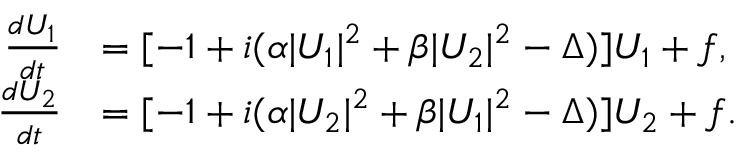
\begin{array} { r l } { \frac { d U _ { 1 } } { d t } } & { = [ - 1 + i ( \alpha \vert U _ { 1 } \vert ^ { 2 } + \beta \vert U _ { 2 } \vert ^ { 2 } - \Delta ) ] U _ { 1 } + f , } \\ { \frac { d U _ { 2 } } { d t } } & { = [ - 1 + i ( \alpha \vert U _ { 2 } \vert ^ { 2 } + \beta \vert U _ { 1 } \vert ^ { 2 } - \Delta ) ] U _ { 2 } + f . } \end{array}